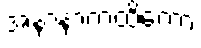
အနာနာကထိကော